system: You are a helpful assistant.
user:
Analyze the provided spectrum to determine if it is a **Carbon Star (C-type)**.

- **Key Visual Indicators of Carbon Star:**
    - **(Primary):** Strong molecular absorption from **C₂ (diatomic carbon) "Swan Bands."** This is the **defining feature** of a carbon star.
        - **(Key Bandheads):** Sharp absorption edges are visible at approximately $5635$ Å, $5165$ Å (the strongest band), and $4737$ Å.
        - **(Line Profile):** Creates a distinct **"saw-tooth"** pattern. The key morphology is a sharp, steep bandhead on the **red (long-wavelength) side**, which then gradually tapers off (i.e., flux recovers) towards the **blue (short-wavelength) side**. *(This is the direct opposite of the TiO bands seen in M-type stars)*.

    - **(Secondary):** Intense **CN (cyanogen)** molecular absorption bands.
        - **(Key Bandheads):** Located in the blue and violet regions of the spectrum (e.g., near $4215$ Å and $3883$ Å).
        - **(Morphology):** These bands are extremely broad and act as a "blanket," absorbing the vast majority of blue and violet light. This creates a characteristic **"cliff"** or **"steep drop-off"** in the spectrum's flux at short wavelengths.

    - **(Key Confirmation):** Strong **CH absorption band (G-band)**.
        - **(Key Bandhead):** Located around $4300$ Å. The contribution from CH molecules to this band is exceptionally strong.

    - **(Overall Spectrum):**
        - The continuum is severely "chopped up" by these deep molecular bands, especially C₂, rather than appearing as a smooth curve.
        - Due to the heavy CN and C₂ absorption in the blue-green, the vast majority of the star's flux is concentrated in the red part of the spectrum, giving the star its characteristic deep red color.

Think first, call **spectral_visualization_tool** if needed to examine features in detail, then provide your final answer. Your response must adhere to the following strict rules:
1.  **Overall Structure:** Your response must follow the format `<think>...</think> <tool_call>...</tool_call> (if a tool is used) <answer>...</answer>`.
2.  **Tool Usage Constraint:** You may only make **one** tool call per turn.
3.  **Final Answer Format:** In the `<answer>` tag, your conclusion must be inside a `\boxed{}` command (e.g., `\boxed{YES}`), followed by your justification.

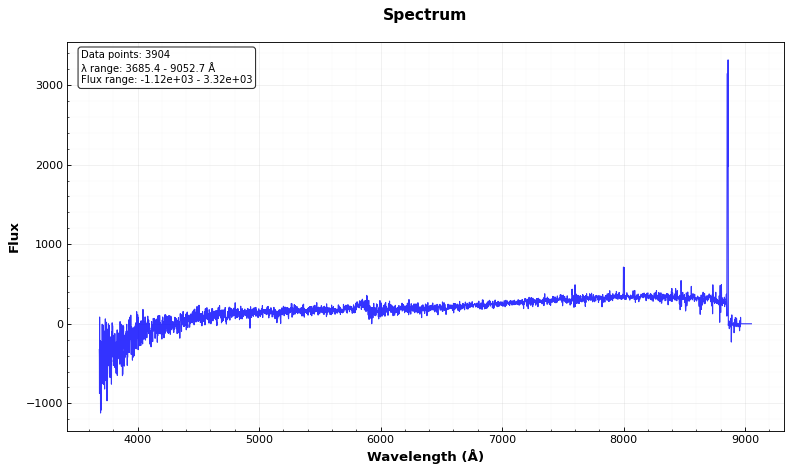
Answer: NO